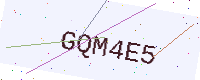
Text: GQM4E5